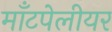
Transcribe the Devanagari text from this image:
माँटपेलीयर